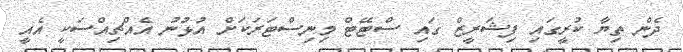
ދެން ތިޔާ ކުރީގައި ފިޝަރީޒް ގައި ސްޓޭޓް މިނިސްޓަރަކަށް އުޅުނު އެއްޗިއްސަކީ އެއީ